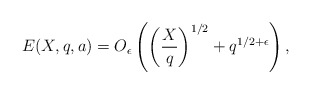
\begin{align*}E(X,q,a)=O_{\epsilon}\left(\left(\dfrac{X}{q}\right)^{1/2}+q^{1/2+\epsilon}\right),\end{align*}